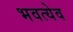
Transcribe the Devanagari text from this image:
भवत्येव